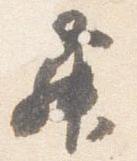
舞